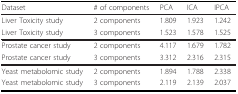
<table><thead><tr><td><b>Dataset</b></td><td><b># of components</b></td><td><b>PCA</b></td><td><b>ICA</b></td><td><b>IPCA</b></td></tr></thead><tbody><tr><td>Liver Toxicity study</td><td>2 components</td><td>1.809</td><td>1.923</td><td>1.242</td></tr><tr><td>Liver Toxicity study</td><td>3 components</td><td>1.523</td><td>1.578</td><td>1.525</td></tr><tr><td>Prostate cancer study</td><td>2 components</td><td>4.117</td><td>1.679</td><td>1.782</td></tr><tr><td>Prostate cancer study</td><td>3 components</td><td>3.312</td><td>2.316</td><td>2.315</td></tr><tr><td>Yeast metabolomic study</td><td>2 components</td><td>1.894</td><td>1.788</td><td>2.338</td></tr><tr><td>Yeast metabolomic study</td><td>3 components</td><td>2.119</td><td>2.139</td><td>2.037</td></tr></tbody></table>